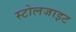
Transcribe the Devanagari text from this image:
स्टोलजाइट